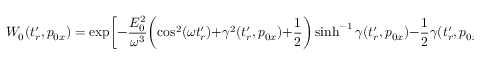
W _ { 0 } ( t _ { r } ^ { \prime } , p _ { 0 x } ) = \exp \biggl [ - \frac { E _ { 0 } ^ { 2 } } { \omega ^ { 3 } } \biggl ( \cos ^ { 2 } ( \omega t _ { r } ^ { \prime } ) + \gamma ^ { 2 } ( t _ { r } ^ { \prime } , p _ { 0 x } ) + \frac { 1 } { 2 } \biggr ) \sinh ^ { - 1 } \gamma ( t _ { r } ^ { \prime } , p _ { 0 x } ) - \frac { 1 } { 2 } \gamma ( t _ { r } ^ { \prime } , p _ { 0 x } ) [ 2 \cos ^ { 2 } ( \omega t _ { r } ^ { \prime } ) + 1 ] \sqrt { 1 + \gamma ( t _ { r } ^ { \prime } , p _ { 0 x } ) ^ { 2 } } \biggr ]